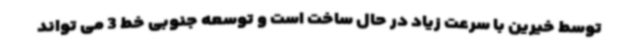
توسط خیرین با سرعت زیاد در حال ساخت است و توسعه جنوبی خط 3 می تواند